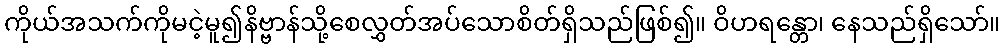
ကိုယ်အသက်ကိုမငဲ့မူ၍နိဗ္ဗာန်သို့စေလွှတ်အပ်သောစိတ်ရှိသည်ဖြစ်၍။ ဝိဟရန္တော၊ နေသည်ရှိသော်။